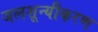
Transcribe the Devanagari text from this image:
जलशून्यीकरण